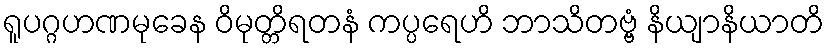
ရူပဂ္ဂဟဏမုခေန ဝိမုတ္တိရတနံ ကပ္ပရေဟိ ဘာသိတဗ္ဗံ နိယျာနိယာတိ